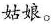
姞娘。